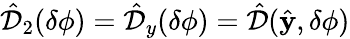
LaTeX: \hat{\mathcal{D}}_{2}(\delta\phi)=\hat{\mathcal{D}}_{y}(\delta\phi)=\hat{\mathcal{D}}(\hat{\mathbf y},\delta\phi)